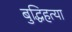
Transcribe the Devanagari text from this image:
बुद्धिहत्या